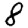
Digit: 8